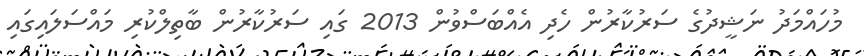
މުހައްމަދު ނަޝީދުގެ ސަރުކާރުން ހެދި އެއްބަސްވުން 2013 ގައި ސަރުކާރުން ބާތިލްކުރި މައްސަލައިގައި